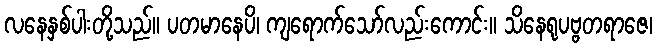
လနေနှစ်ပါးတို့သည်။ ပတမာနေပိ၊ ကျရောက်သော်လည်းကောင်း။ သိနေရုပဗ္ဗတရာဇေ၊